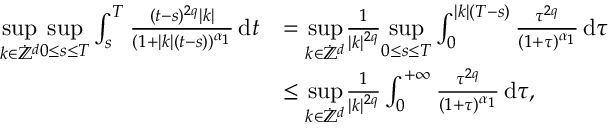
\begin{array} { r l } { \underset { k \in \dot { \mathbb Z } ^ { d } } { \operatorname* { s u p } } \underset { 0 \leq s \leq T } { \operatorname* { s u p } } \int _ { s } ^ { T } \frac { ( t - s ) ^ { 2 q } \vert k \vert } { ( 1 + \vert k \vert ( t - s ) ) ^ { \alpha _ { 1 } } } \, \mathrm { d } t } & { = \underset { k \in \dot { \mathbb Z } ^ { d } } { \operatorname* { s u p } } \frac { 1 } { \vert k \vert ^ { 2 q } } \underset { 0 \leq s \leq T } { \operatorname* { s u p } } \int _ { 0 } ^ { \vert k \vert ( T - s ) } \frac { \tau ^ { 2 q } } { ( 1 + \tau ) ^ { \alpha _ { 1 } } } \, \mathrm { d } \tau } \\ & { \leq \underset { k \in \dot { \mathbb Z } ^ { d } } { \operatorname* { s u p } } \frac { 1 } { \vert k \vert ^ { 2 q } } \int _ { 0 } ^ { + \infty } \frac { \tau ^ { 2 q } } { ( 1 + \tau ) ^ { \alpha _ { 1 } } } \, \mathrm { d } \tau , } \end{array}